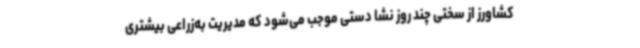
کشاورز از سختی چند روز نشا دستی موجب می‌شود که مدیریت به‌زراعی بیشتری